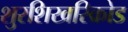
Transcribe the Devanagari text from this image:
शुरशिखरिक्रोड